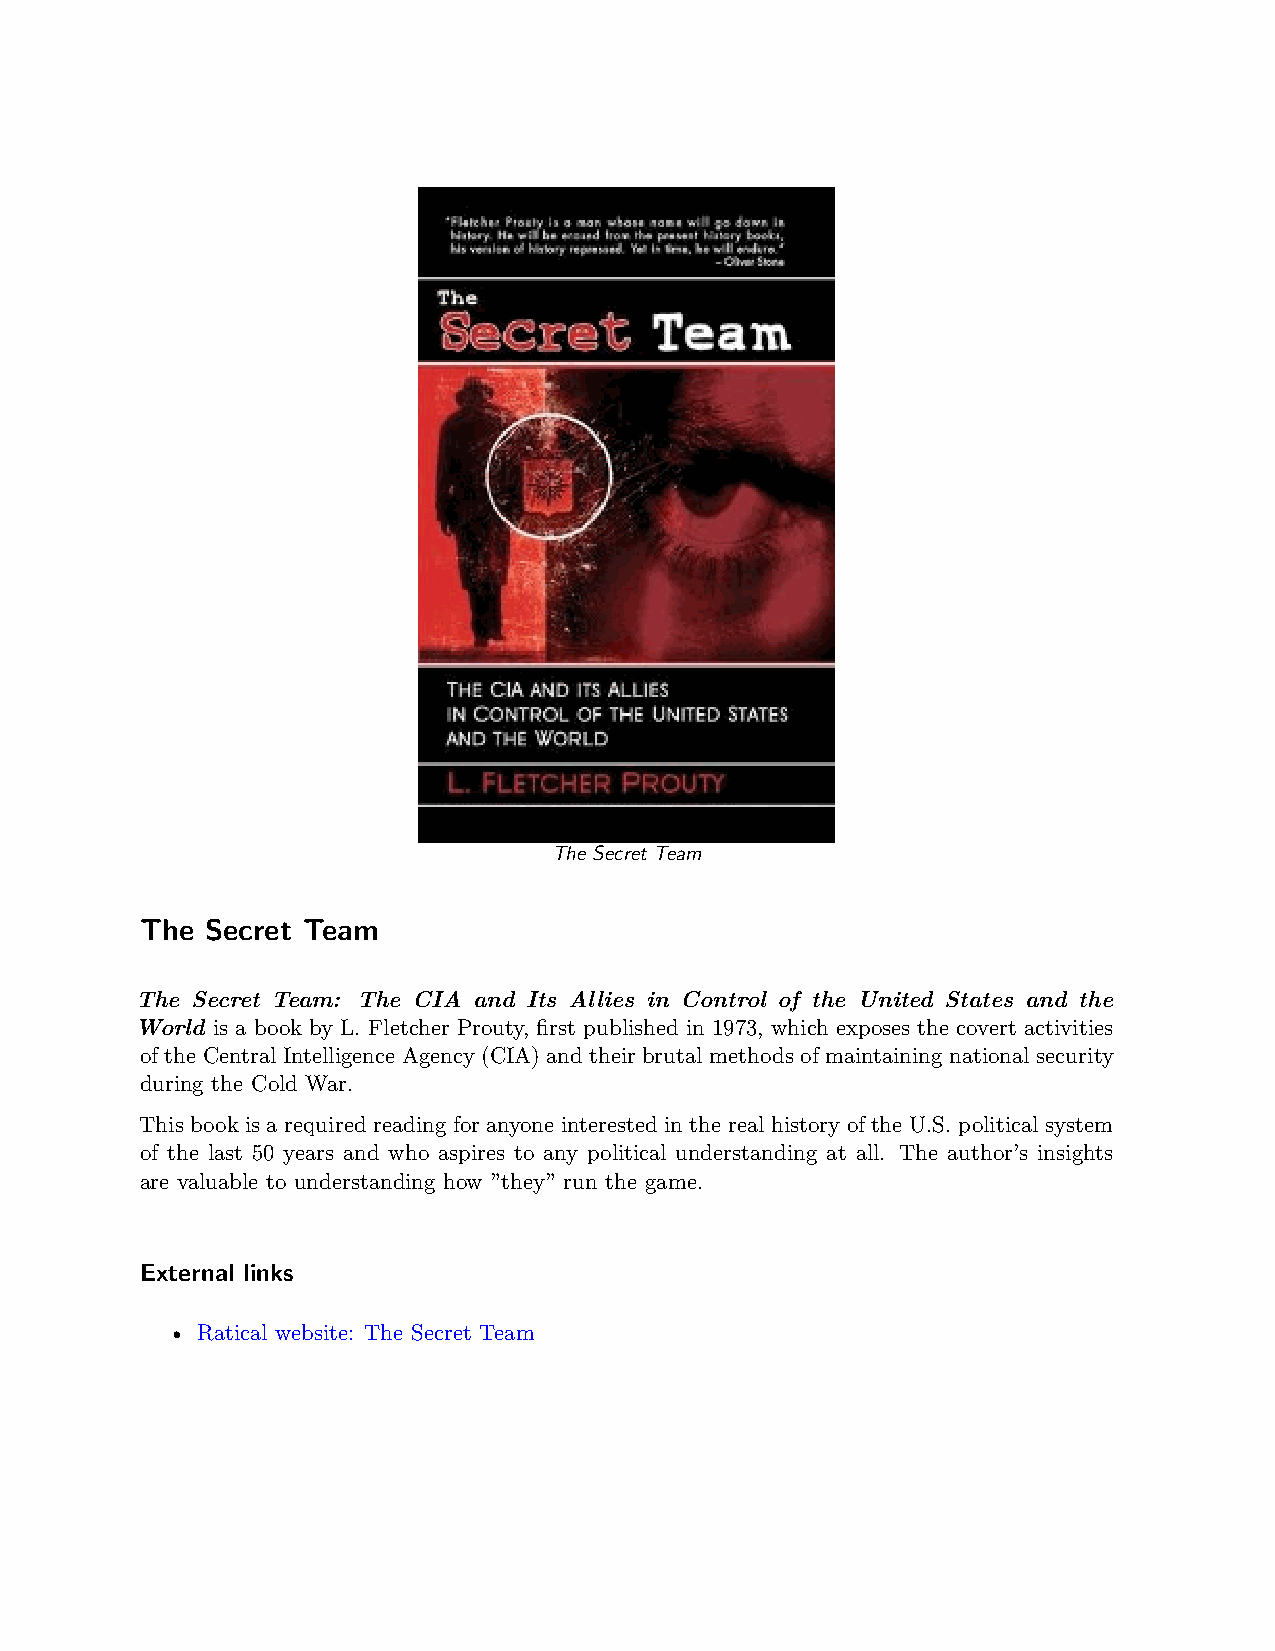
The Secret Team
 The  Secret Team
 The Secret Team: The CIA and Its Allies in Control of the United States and the
 World is a book by L. Fletcher Prouty, first published in 1973, which exposes the covert activities
 of the Central Intelligence Agency (CIA) and their brutal methods of maintaining national security
 during the Cold War.
 This book is a required reading for anyone interested in the real history of the U.S. political system
 of the last 50 years and who aspires to any political understanding at all. The author’s insights
 are valuable to understanding how ”they” run the game.
 External links
 • Ratical website: The Secret Team